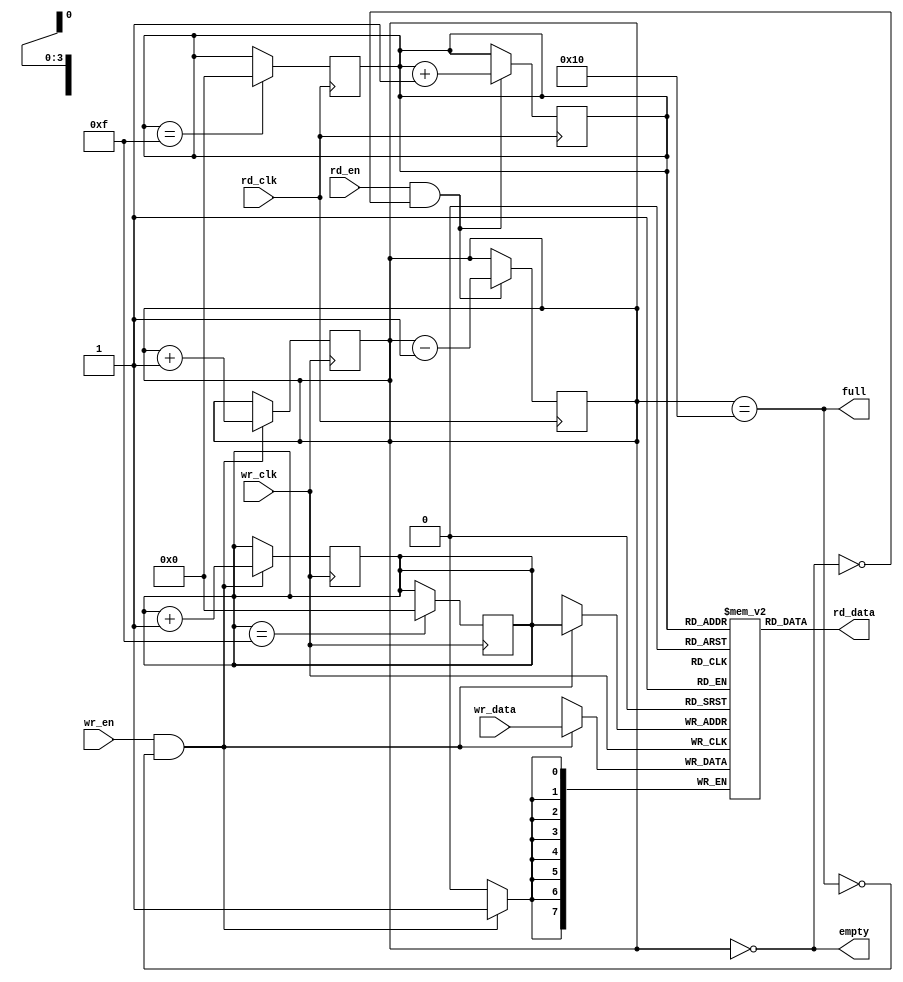
module async_fifo #(
    parameter DATA_WIDTH = 8,  // Width of each data entry
    parameter FIFO_DEPTH = 16   // Depth of the FIFO (must be a power of 2)
)(
    input wire wr_clk,            // Write clock
    input wire wr_en,             // Write enable
    input wire [DATA_WIDTH-1:0] wr_data, // Data input
    output wire full,             // FIFO full flag

    input wire rd_clk,            // Read clock
    input wire rd_en,             // Read enable
    output wire [DATA_WIDTH-1:0] rd_data, // Data output
    output wire empty             // FIFO empty flag
);

    // Memory array
    reg [DATA_WIDTH-1:0] fifo_mem [0:FIFO_DEPTH-1];

    // Write and read pointers
    reg [$clog2(FIFO_DEPTH)-1:0] wr_ptr = 0;
    reg [$clog2(FIFO_DEPTH)-1:0] rd_ptr = 0;

    // Count of entries in the FIFO
    reg [$clog2(FIFO_DEPTH+1)-1:0] count = 0;

    // Full and empty flags
    assign full = (count == FIFO_DEPTH);
    assign empty = (count == 0);
    assign rd_data = fifo_mem[rd_ptr];

    // Write logic
    always @(posedge wr_clk) begin
        if (wr_en && !full) begin
            fifo_mem[wr_ptr] <= wr_data; // Write data to FIFO
            wr_ptr <= wr_ptr + 1;        // Increment write pointer
            count <= count + 1;          // Increment count
        end
    end

    // Read logic
    always @(posedge rd_clk) begin
        if (rd_en && !empty) begin
            rd_ptr <= rd_ptr + 1;        // Increment read pointer
            count <= count - 1;          // Decrement count
        end
    end

    // Pointer wrapping
    always @(posedge wr_clk) begin
        if (wr_ptr == FIFO_DEPTH - 1)
            wr_ptr <= 0; // Wrap write pointer
    end

    always @(posedge rd_clk) begin
        if (rd_ptr == FIFO_DEPTH - 1)
            rd_ptr <= 0; // Wrap read pointer
    end

endmodule